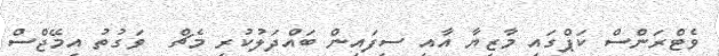
ވެޓްރަންސް ކަޕްގައި މާޒިޔާ އާއި ސިފައިން ބައްދަލުކުރި މެޗް  ވަގުތު އިމޭޖްސް